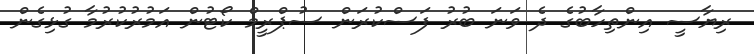
ރިޔާސީ އިންތިހާބުގެ ދެ ވަނަ ބުރު ފަސްކުރަން ސުޕްރީމް ކޯޓުން އަމުރުކުރުމާ ގުޅިގެން